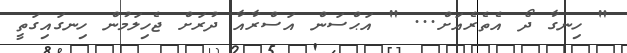
" ހިނގާ ދޯ އެތެރެއަށް... " އަޙްސަން އަސްރާއާ ދުރަށް ޖެހިލަމުން ހިނގައިގަތީ